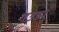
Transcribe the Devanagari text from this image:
गउडा